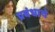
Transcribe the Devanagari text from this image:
प्रबंधाचे